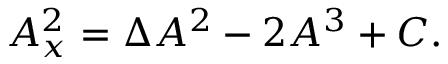
A _ { x } ^ { 2 } = \Delta A ^ { 2 } - 2 A ^ { 3 } + C .